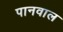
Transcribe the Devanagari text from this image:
पानवाल